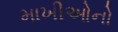
માખીઓનો